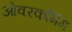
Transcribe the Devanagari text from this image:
ओवरकमिंग